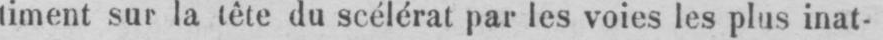
timent sur la tête du scélérat par les voies les plus inat-